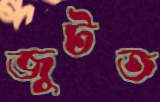
জুটত